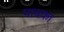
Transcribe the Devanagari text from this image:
पावका